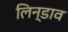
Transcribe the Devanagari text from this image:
लिन्डाव